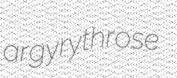
argyrythrose